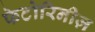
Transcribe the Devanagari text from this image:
फेटोरिनीज़